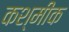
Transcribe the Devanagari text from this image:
कश्मीक